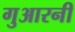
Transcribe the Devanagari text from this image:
गुआरनी